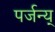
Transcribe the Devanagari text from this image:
पर्जन्य्